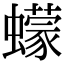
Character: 蠓